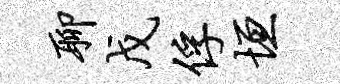
聊戊俘垣